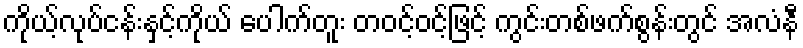
ကိုယ့်လုပ်ငန်းနှင့်ကိုယ် ပေါက်တူး တဝင့်ဝင့်ဖြင့် ကွင်းတစ်ဖက်စွန်းတွင် အလံနီ